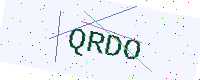
Text: QRDO